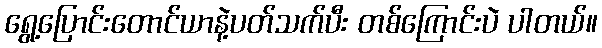
ရွေ့ပြောင်းတောင်ယာနဲ့ပတ်သက်ပီး တစ်ကြောင်းပဲ ပါတယ်။